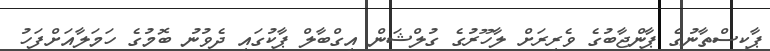
ޕާކިސްތާނުގެ ޕާންޖާބުގެ ވެރިރަށް ލާހޫރުގެ ގުލްޝަން އިގްބާލް ޕާކުގައި ދެވުނު ބޮމުގެ ހަމަލާއަށްފަހު